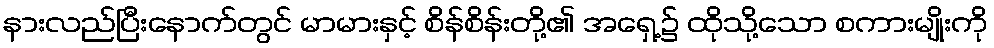
နားလည်ပြီးနောက်တွင် မာမားနှင့် စိန်စိန်းတို့၏ အရှေ့၌ ထိုသို့သော စကားမျိုးကို